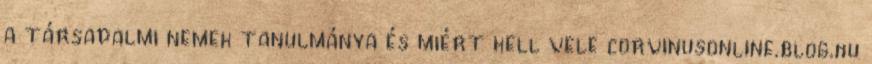
a társadalmi nemek tanulmánya és miért kell vele corvinusonline.blog.hu